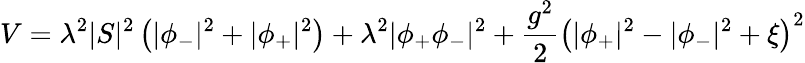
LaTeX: V=\lambda^{2}|S|^{2}\left(|\phi_{-}|^{2}+|\phi_{+}|^{2}\right)+\lambda^{2}|\phi_{+}\phi_{-}|^{2}+{\frac{g^{2}}{2}}\left(|\phi_{+}|^{2}-|\phi_{-}|^{2}+\xi\right)^{2}